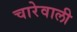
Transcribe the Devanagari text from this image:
चारेवाली